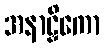
အနာဠှိကော